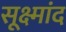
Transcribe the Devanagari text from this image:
सूक्ष्मांद